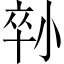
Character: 𡮇